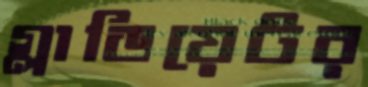
গ্লাডিয়েটর